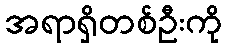
အရာရှိတစ်ဦးကို